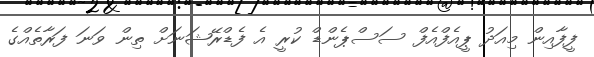
ފީފާއިން މިއަދު ޕީއެފްއެފް ސަސްޕެންޑް ކުރީ އެ ފެޑްރޭޝަނަށް ތިން ވަނަ ފަރާތެއްގެ